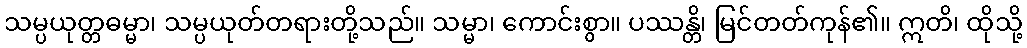
သမ္ပယုတ္တဓမ္မာ၊ သမ္ပယုတ်တရားတို့သည်။ သမ္မာ၊ ကောင်းစွာ။ ပဿန္တိ၊ မြင်တတ်ကုန်၏။ ဣတိ၊ ထိုသို့